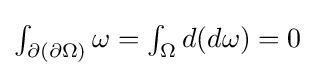
{\textstyle \int _{\partial (\partial \Omega )}\omega =\int _{\Omega }d(d\omega )=0}